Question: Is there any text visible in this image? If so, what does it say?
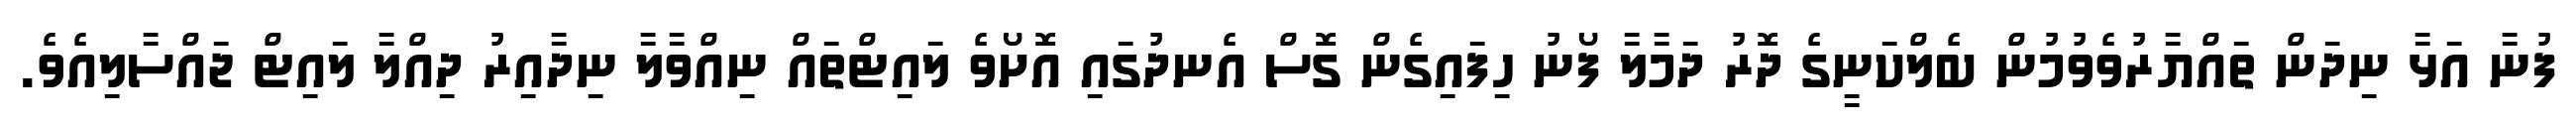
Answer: ފުނާ އަޅާ ނިދަން ތައްޔާރުވެވުމުން ބެލްކަނީގެ ދޮރު ދަމާލާ ފޯނު ހިފައިގެން ގޮސް އެނދުގައި އޮށޯވެ ލައިޓްތައް ނިއްވާލާ ނިދާއިރު ދިއްލާ ލައިޓް ޖައްސާލިއެވެ.